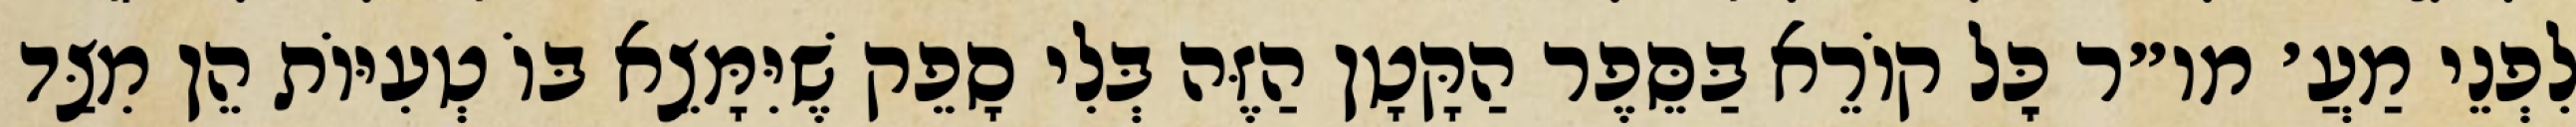
לִפְנֵי מַעֲ׳ מו״ר כׇּל קוֹרֵא בַּסֵּפֶר הַקָּטָן הַזֶּה בְּלִי סָפֵק שֶׁיִּמָּצֵא בּוֹ טְעִיּוֹת הֵן מִצַּד